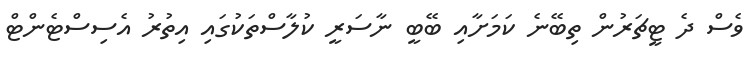
ވެސް ދެ ޓީޗަރުން ތިބޭނެ ކަމަށާއި ބޭބީ ނާސަރީ ކުލާސްތަކުގައި އިތުރު އެސިސްޓެންޓް